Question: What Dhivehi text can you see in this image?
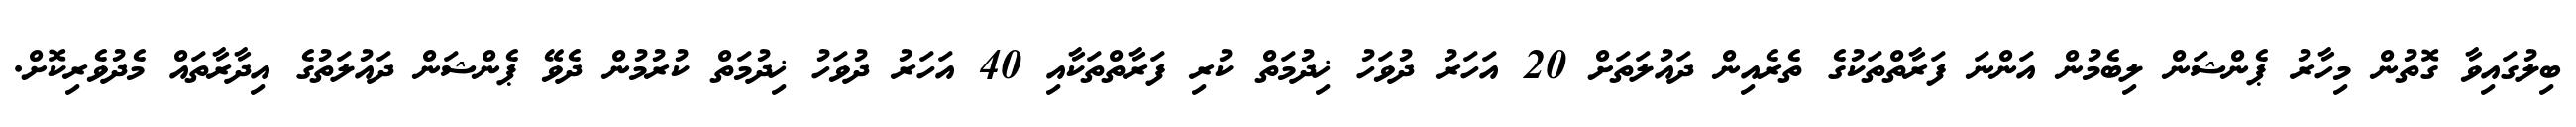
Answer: ބިލުގައިވާ ގޮތުން މިހާރު ޕެންޝަން ލިބެމުން އަންނަ ފަރާތްތަކުގެ ތެރެއިން ދައުލަތަށް 20 އަހަރު ދުވަހު ޚިދުމަތް ކުރި ފަރާތްތަކާއި 40 އަހަރު ދުވަހު ޚިދުމަތް ކުރުމުން ދެވޭ ޕެންޝަން ދައުލަތުގެ އިދާރާތައް މެދުވެރިކޮށް.